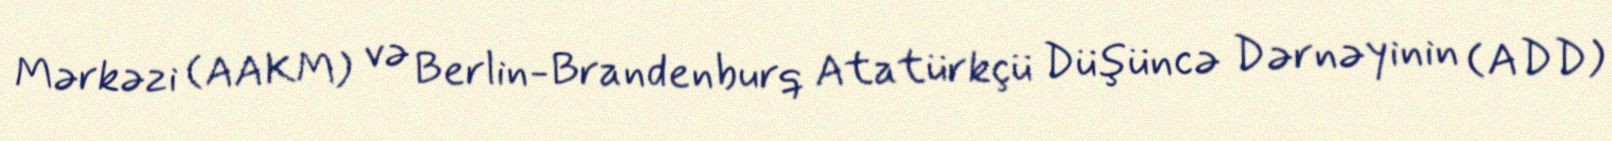
Mərkəzi (AAKM) və Berlin-Brandenburq Atatürkçü Düşüncə Dərnəyinin (ADD)